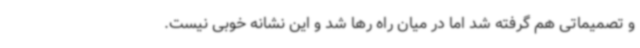
و تصمیماتی هم گرفته شد اما در میان راه رها شد و این نشانه خوبی نیست.